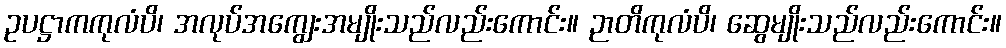
ဥပဋ္ဌာကကုလံပိ၊ အလုပ်အကျွေးအမျိုးသည်လည်းကောင်း။ ဉာတိကုလံပိ၊ ဆွေမျိုးသည်လည်းကောင်း။